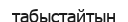
табыстайтын